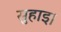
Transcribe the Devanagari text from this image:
सुहाइ।